Vaccination in Bombay 1869-1873 - 1869-1873
Year: 1869
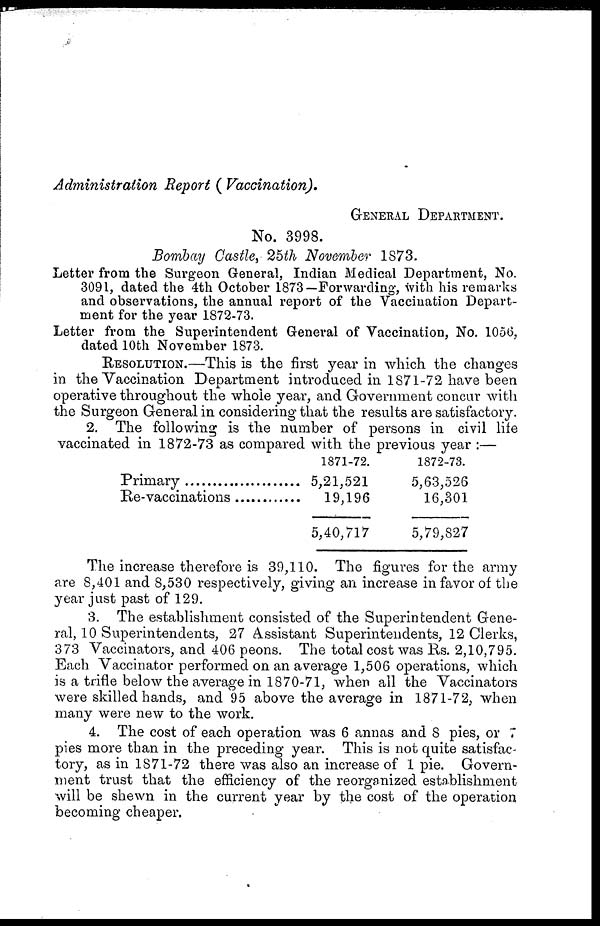
Administration
Report ( Vaccination).
GENERAL DEPARTMENT.
No. 3998.
Bombay Castle, 25th November 1873.
Letter from the Surgeon General, Indian Medical Department, No.
3091, dated the 4th October 1873—Forwarding, with his remarks
and observations, the annual report of the Vaccination Depart-
ment for the year 1872-73.
Letter from the Superintendent General of Vaccination, No. 1056,
dated 10th November 1873.
RESOLUTION.—This is the first year in which the changes
in the Vaccination Department introduced in 1871-72 have been
operative throughout the whole year, and Government concur with
the Surgeon General in considering that the results are satisfactory.
2. The following is the number of persons in civil life
vaccinated in 1872-73 as compared with the previous year :—
Primary ...........................
Re-vaccinations ...............
1871-72.
5,21,521
19,196
5,40,717
1872-73.
5,63,526
16,301
5,79,827
The increase therefore is 39,110. The figures for the army
are 8,401 and 8,530 respectively, giving an increase in favor of the
year just past of 129.
3. The establishment consisted of the Superintendent Gene-
ral, 10 Superintendents, 27 Assistant Superintendents, 12 Clerks,
373 Vaccinators, and 406 peons. The total cost was Rs. 2,10,795.
Each Vaccinator performed on an average 1,506 operations, which
is a trifle below the average in 1870-71, when all the Vaccinators
were skilled hands, and 95 above the average in 1871-72, when
many were new to the work.
4. The cost of each operation was 6 annas and 8 pies, or 7
pies more than in the preceding year. This is not quite satisfac-
tory, as in 1871-72 there was also an increase of 1 pie. Govern-
ment trust that the efficiency of the reorganized establishment
will be shewn in the current year by the cost of the operation
becoming cheaper.